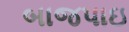
બાજપાઇ